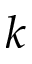
k